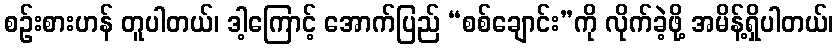
စဉ်းစားဟန် တူပါတယ်၊ ဒါ့ကြောင့် အောက်ပြည် “စစ်ချောင်း”ကို လိုက်ခဲ့ဖို့ အမိန့်ရှိပါတယ်၊